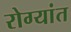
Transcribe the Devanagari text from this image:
रोग्यांत